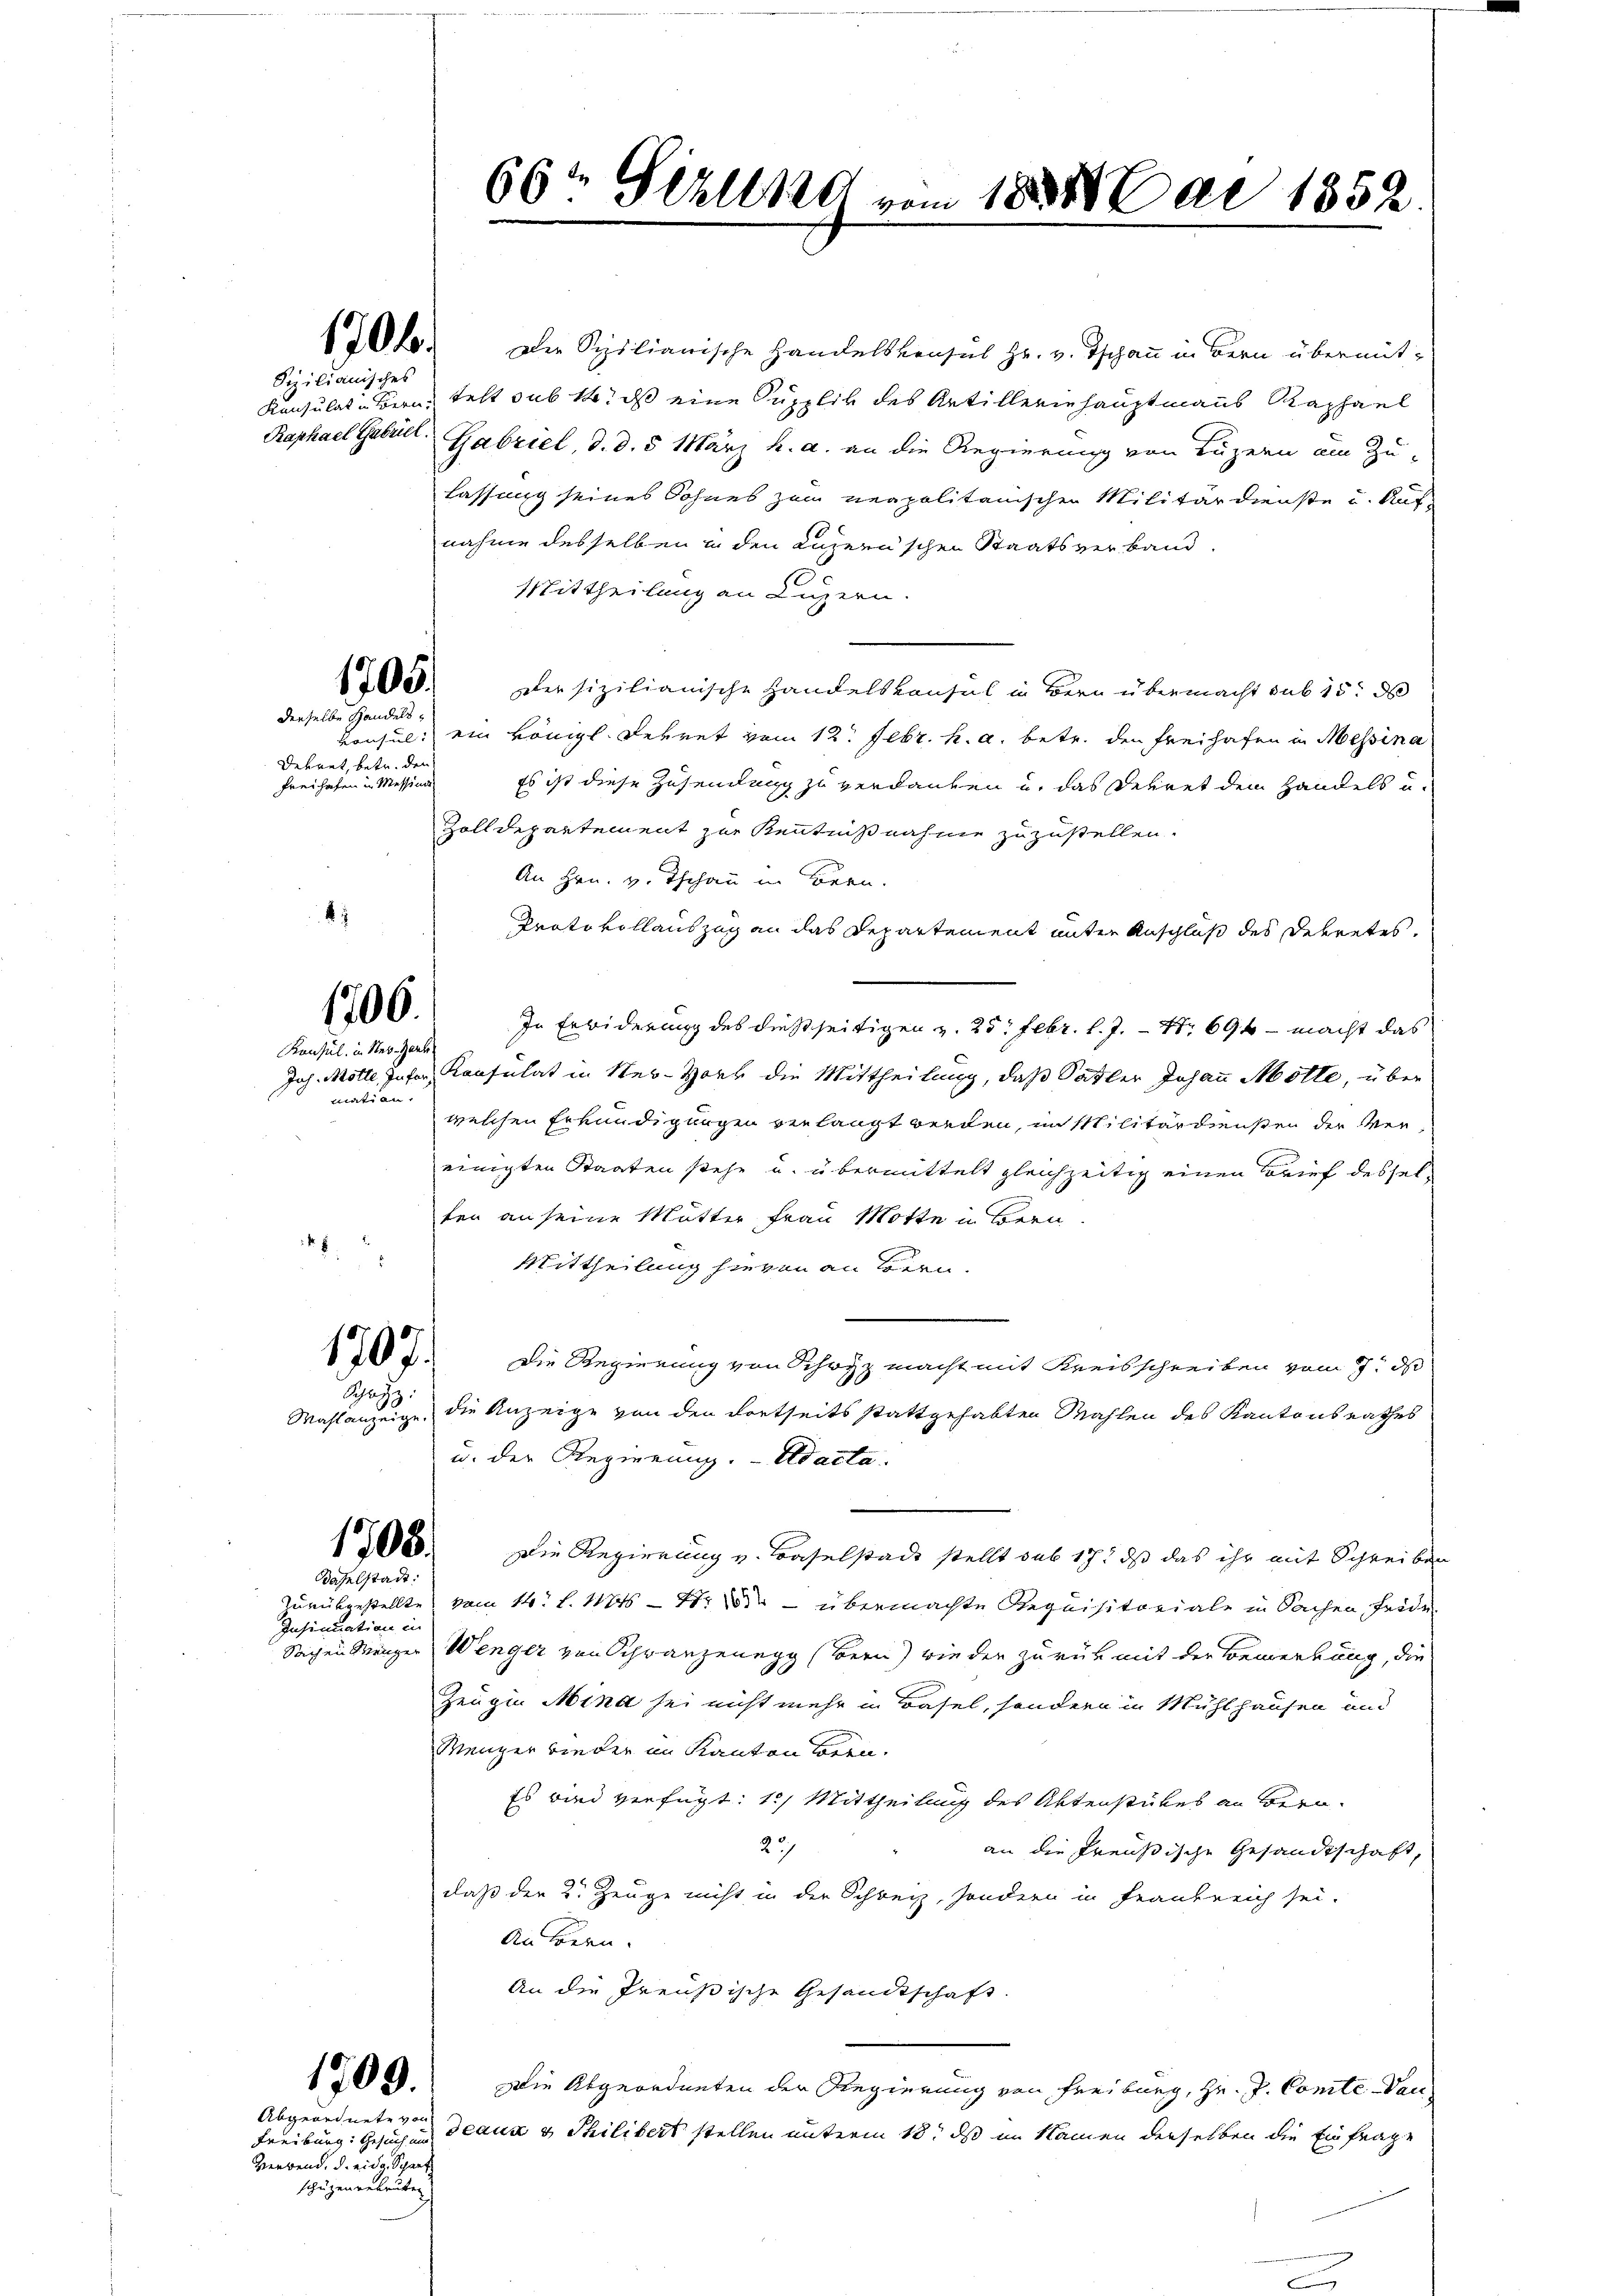
Sizilianisches

derselbe Handels¬
Dekret, betr. den
Freihafen in Messina

4

8

1705.

1706.

Konsul in Nes-Garte
tation.

1702. Die Spilianische Handelskonsul Hr. v. Tschau in Bern übermit¬
Konsulat in Bern, telt sub 14. ds eine Supplik des Artilleriehauptmanns Raphael
Raphael Gebül Gabriel d. d. 5. März h. a. an die Regierung von Luzern um Zu-
lassung seines Sohnes zum neapolitanischen Militärdienste u. Aufnahme desselben in den Luzern’schen Staatsverband.
Mittheilung an Luzern.
Der sizilianische Handelskonsul in Bern übermacht sub 15. d
Konsul ein königl. Lehret vom 12. Febr. h. a. betr. den Freihafen in Messina
Es ist diese Zusendung zu verdanken u. das Dekret dem Handels u
Zolldepartement zur Kenntnißnahme zuzustellen.
An Hrn. v. Tschau in Bern.
Prato vollauszug an das Departement unter Anschluß des Dekretes
In Erbiderung des dießseitigen v. 25. Febr. l. J. S. 694 - macht das
Joh. Motte Inter Konsulat in New-York die Mittheilung, daß Satter Johann Motte, über
welchen Erkundigungen verlangt werden, im Militärdiensten der Vereinigten Staaten stehe u. übermittelt gleichzeitig einen Brief desselten an seine Mutter Frau Motte in Bern
Mittheilung hievon an Bern.
Die Regierung von Schutz macht mit Kreisschreiben vom 7. ds
Wahlanzeige, die Anzeige von den dortseits stattgehabten Mahlen des Kantonsrathes
u. der Regierung. - Adacta.
1308. Die Regierung v. Baselstadt stellt sub 17, daß das ihr mit Schreiben
Zurückgestellte vom 14. d. 1186 - 4. — übermachte Requisitoriale in Sachen Fride
Sachen Mänger Wenger von Schranzenegg (Bern) wie der zurück mit der Bemerkung, die
Zeugin Mina sei nicht mehr in Basel, sondern in Mühlhausen und
Menger bieder im Kanton beren.
Es wird verfügt: 1.) Mittheilung des Aktenstückes an Bern
23/
an die Preußische Gesandtschaft,
daß der 2. Zeuge nicht in der Schweiz, sondern in Frankreich sei.
An Bern.
An die Preußische Gesandtschaft.
Die Abgeordneten der Regierung von Freiburg, Hr. P. Comte Daudeaux v Philibert stellen unterm 18. ds im Namen derselben die Einfrage

1707.

Schwyz.

Daselstadt:

Insinuation in

1709.

Abgeordnete von
Freiburg: Gesuch und
Verwend. d. eidg. Spant
schützenrekruten

66. Fehlen vom 1883 ai 1858.